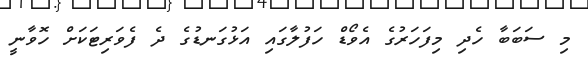
މި ސަބަބާ ހެދި މިފަހަރުގެ އެވޯޑް ހަފުލާގައި އަޅުގަނޑުގެ ދެ ފެވަރިޓަކަށް ހޮވާނީ